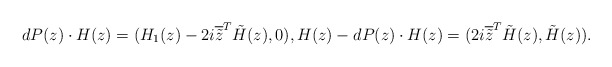
\begin{align*} dP(z)\cdot H(z) = (H_1(z)-2i\overline{\tilde{z}}^T\tilde{H}(z), 0), H(z)-dP(z)\cdot H(z) = (2i\overline{\tilde{z}}^T\tilde{H}(z), \tilde{H}(z)).\end{align*}